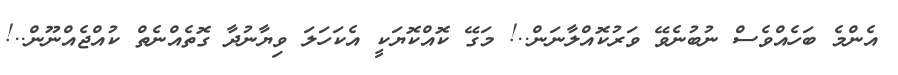
އެންމެ ބަހެއްވެސް ނުބުނެވޭ ވަރުކޮއްލާނަން..! މަގޭ ކޮއްކޮޔަކީ އެކަހަލަ ވިޔާނުދާ ގޮތެއްނެތް ކުއްޖެއްނޫން..!